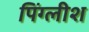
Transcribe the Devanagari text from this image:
पिंग्लीश